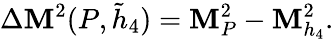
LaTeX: \Delta\mathbf{M}^{2}(P,\tilde{{h}}_{4})=\mathbf{M}_{P}^{2}-\mathbf{M}_{h_{4}}^{2}.